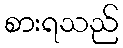
စားရသည်